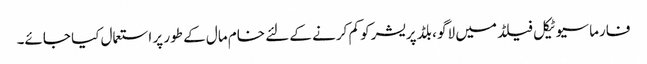
فارماسیوٹیکل فیلڈ میں لاگو ، بلڈ پریشر کو کم کرنے کے لئے خام مال کے طور پر استعمال کیا جائے۔